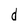
Character: d